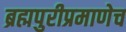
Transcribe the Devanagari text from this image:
ब्रह्मपुरीप्रमाणेच